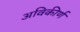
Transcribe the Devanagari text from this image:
अविकीर्ण